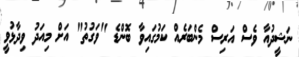
ނަޝީދުއާ ވެސް އަރިސް މެންބަރެއް ކަމުގައިވާ ބޮންޑެ "ވަގުތު" އަށް މިއަދު ވިދާޅުވީ